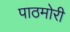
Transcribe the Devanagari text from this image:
पाठमोरी